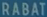
RABAT